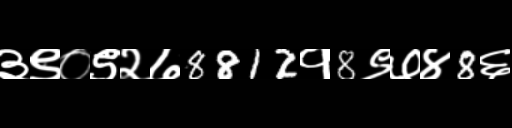
Text: ३९०९२७8812१8९७४8६